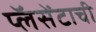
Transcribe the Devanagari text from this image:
प्लॅसेंटाची